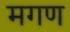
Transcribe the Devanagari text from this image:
मगण